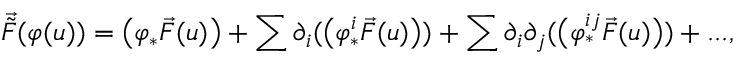
\vec { \tilde { F } } ( \varphi ( u ) ) = \big ( \varphi _ { * } \vec { F } ( u ) \big ) + \sum \partial _ { i } ( \big ( \varphi _ { * } ^ { i } \vec { F } ( u ) \big ) ) + \sum \partial _ { i } \partial _ { j } ( \big ( \varphi _ { * } ^ { i j } \vec { F } ( u ) \big ) ) + . . . ,